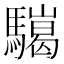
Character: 𩦏